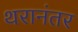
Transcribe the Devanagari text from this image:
थरानंतर